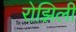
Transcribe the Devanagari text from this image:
रोझिली